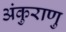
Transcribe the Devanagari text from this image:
अंकुराणु